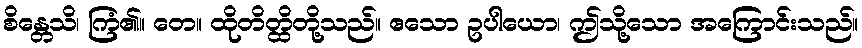
စိန္တေသိ၊ ကြံ၏။ တေ။ ထိုတိတ္ထိတို့သည်။ ဧသော ဥပါယော၊ ဤသို့သော အကြောင်းသည်။